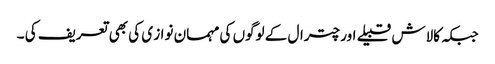
جبکہ کالاش قبیلے اور چترال کے لوگوں کی مہمان نواز ی کی بھی تعریف کی ۔